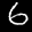
Label: 6